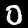
Label: 0